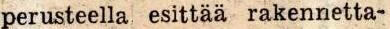
perusteella esittää rakennetta-